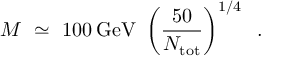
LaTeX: M \ \simeq \ 1 0 0 \: \mathrm { G e V } \ \left( \frac { 5 0 } { N _ { \mathrm { t o t } } } \right) ^ { 1 / 4 } \; \; .